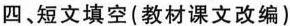
四、短文填空(教材课文改编)